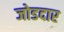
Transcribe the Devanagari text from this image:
जोडदार